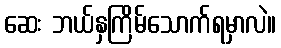
ဆေး ဘယ်နှကြိမ်သောက်ရမှာလဲ။